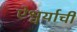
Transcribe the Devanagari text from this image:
ऐश्वर्याची